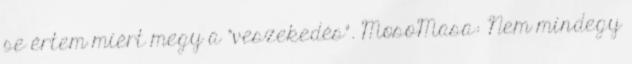
se értem miért megy a "veszekedés". MosoMasa: Nem mindegy